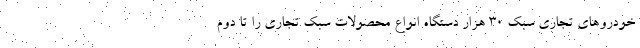
خودروهای تجاری سبك ۳۰ هزار دستگاه انواع محصولات سبک تجاری را تا دوم